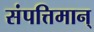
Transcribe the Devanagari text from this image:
संपत्तिमान्‌